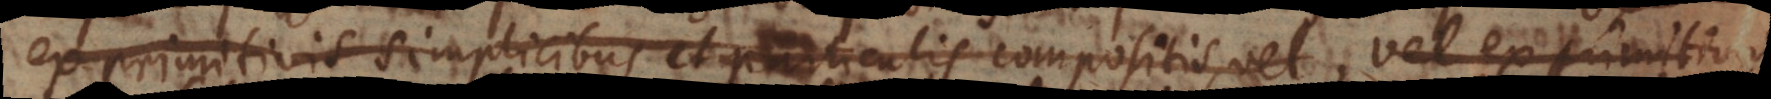
ex primitivis simplicibus et particulis compositis, vel ex p